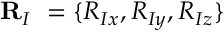
{ \bf R } _ { I } \ = \{ R _ { I x } , R _ { I y } , R _ { I z } \}